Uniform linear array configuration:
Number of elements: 64
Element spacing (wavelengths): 0.5
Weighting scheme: blackman
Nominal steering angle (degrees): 15
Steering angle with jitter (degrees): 16.595
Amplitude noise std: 0.05
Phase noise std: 0.05

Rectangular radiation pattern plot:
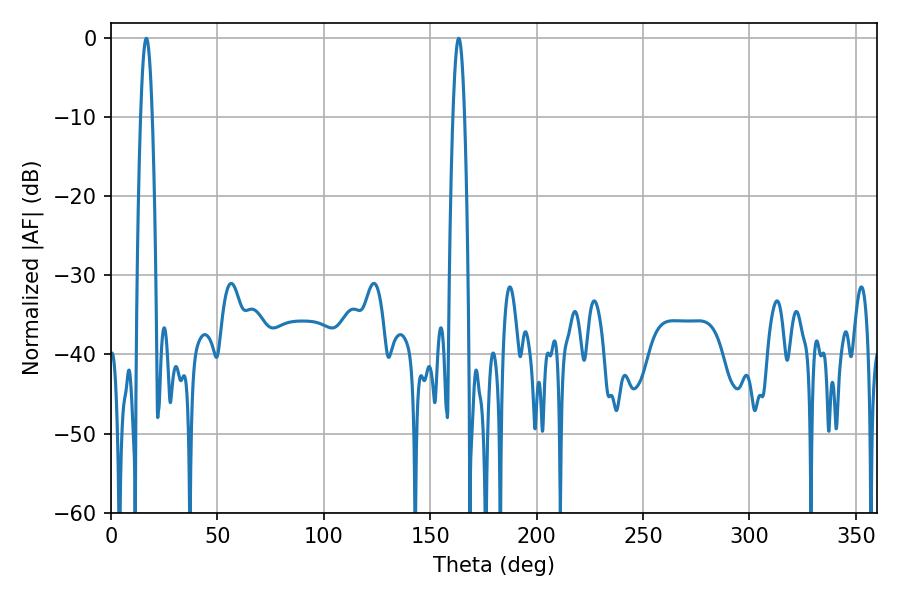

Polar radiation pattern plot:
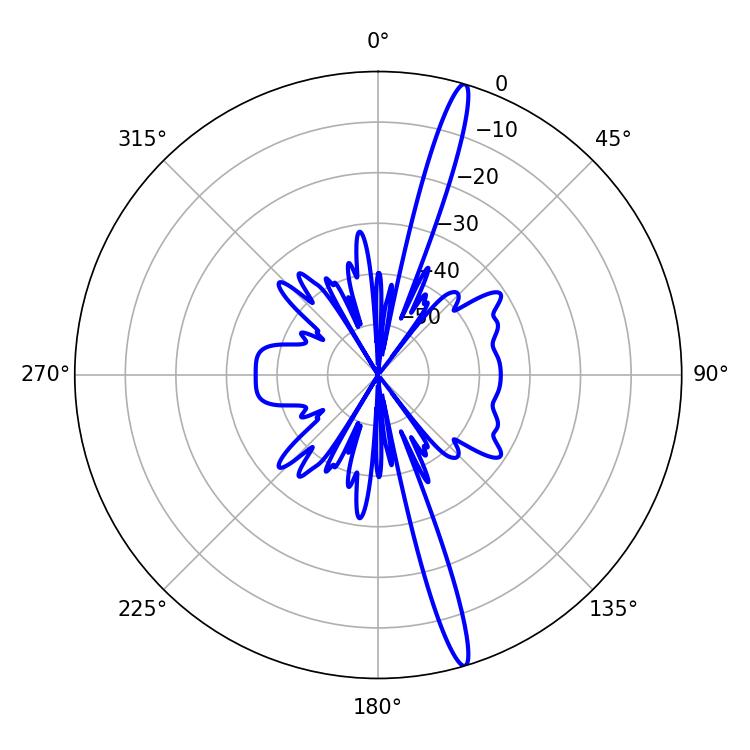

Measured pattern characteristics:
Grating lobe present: FALSE
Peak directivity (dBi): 17.844
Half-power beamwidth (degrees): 2.88
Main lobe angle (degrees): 16.56